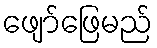
ဖျော်ဖြေမည်